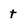
Character: t